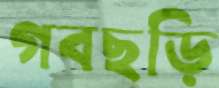
গবছড়ি